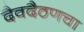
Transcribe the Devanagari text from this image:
दैवदैठणचा